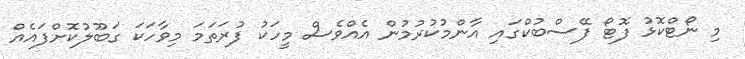
މި ނޯޓްކޮޅު ފޮޓޯ ފޭސްބުކްގައި އާންމުކުރުމުން އެއްވެސް މީހަކު ފުރަތަމަ މިވާހަކަ ގަބޫލުކޮށްފައެއް